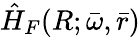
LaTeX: \hat{H}_{F}(R;\bar{\omega},\bar{r})